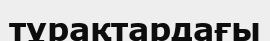
тұрақтардағы